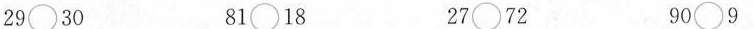
29〇30 81〇18 27〇72 90)9